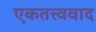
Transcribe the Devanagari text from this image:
एकतत्त्ववाद